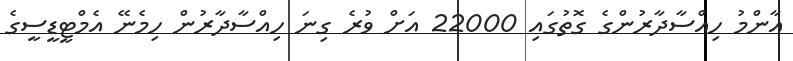
އާންމު ހިއްސާދާރުންގެ ގޮތުގައި 22000 އަށް ވުރެ ގިނަ ހިއްސާދާރުން ހިމެނޭ އެމްޓީޑީސީގެ